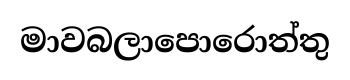
මාවබලාපොරොත්තු